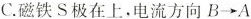
C.磁铁S极在上，电流方向B→A